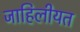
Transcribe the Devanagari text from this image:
जाहिलीयत